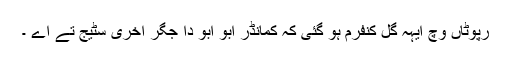
رپوٹاں وچ ایہہ گل کنفرم ہو گئی کہ کمانڈر ابو ابو دا جگر آخری سٹیج تے اے ۔